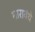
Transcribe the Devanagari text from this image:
मारावंथे